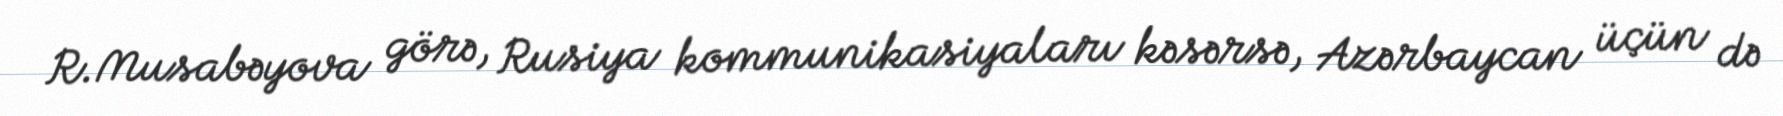
R.Musabəyova görə, Rusiya kommunikasiyaları kəsərsə, Azərbaycan üçün də